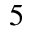
5